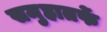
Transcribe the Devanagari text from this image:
समुहातर्फे